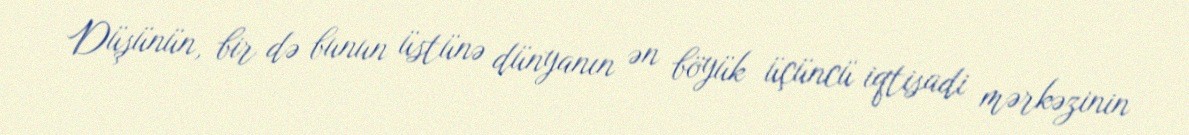
Düşünün, bir də bunun üstünə dünyanın ən böyük üçüncü iqtisadi mərkəzinin